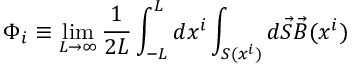
\Phi _ { i } \equiv \operatorname * { l i m } _ { L \rightarrow \infty } \frac { 1 } { 2 L } \int _ { - L } ^ { L } d x ^ { i } \int _ { S ( x ^ { i } ) } d \vec { S } \vec { B } ( x ^ { i } )